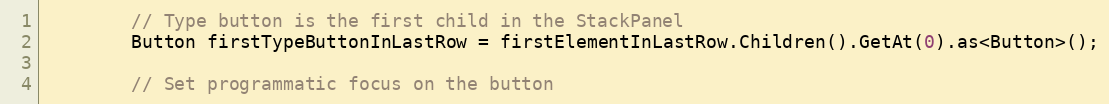
Language: C++
        // Type button is the first child in the StackPanel
        Button firstTypeButtonInLastRow = firstElementInLastRow.Children().GetAt(0).as<Button>();

        // Set programmatic focus on the button